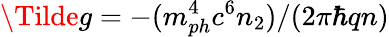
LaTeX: \Tilde{g}=-(m_{ph}^{4}c^{6}n_{2})/(2\pi\hbar qn)